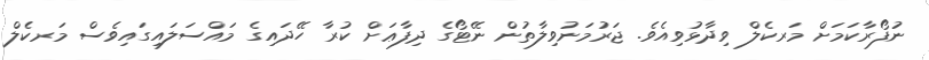
ނުފޯރާކަމަށް މަރކެލް ވިދާޅުވިއެވެ. ޖަރުމަނުވިލާތުން ނޭޓޯގެ ދިފާޢަށް ކުރާ ހޭދައިގެ މައްސަލައިގައިވެސް މަރކެލް